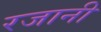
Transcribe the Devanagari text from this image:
रजानी